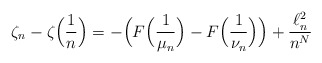
\begin{align*}\zeta_n-\zeta\Big(\frac{1}{n}\Big)= -\Big(F\Big(\frac{1}{\mu_n}\Big) - F\Big(\frac{1}{\nu_n}\Big)\Big) +\frac{\ell^2_n}{n^N}\end{align*}